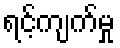
ရင့်ကျက်မှု